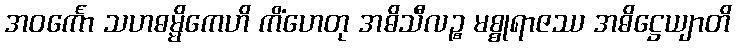
အဝင်္ကော သဟဓမ္မိကေဟိ ကိံဟေတု အဓိသီလဉ္စ မစ္စုရာဇဿ အဓိဋ္ဌေယျာတိ